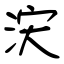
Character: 涋